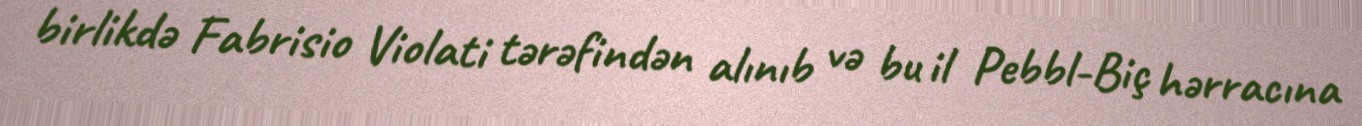
birlikdə Fabrisio Violati tərəfindən alınıb və bu il Pebbl-Biç hərracına